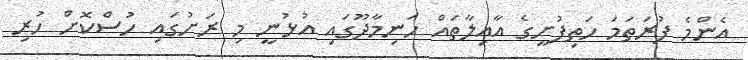
އެންމެ ފުރަތަމަ ހަތިފުށީގެ އާއިލާތައް ހަނިމާދޫގައި އުޅުނީ މި ރަށުގައި ހުސްކޮށް ހުރި